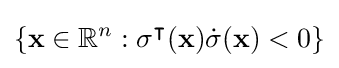
\{\mathbf {x} \in \mathbb {R} ^{n}:\sigma ^{\intercal }(\mathbf {x} ){\dot {\sigma }}(\mathbf {x} )<0\}